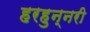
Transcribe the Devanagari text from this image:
हरहुन्‍नरी